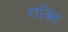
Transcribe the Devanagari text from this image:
श्‍ाक्‍ित